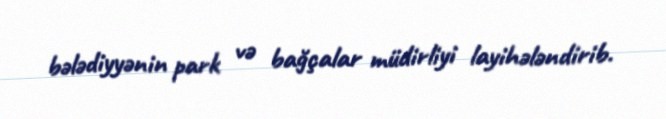
bələdiyyənin park və bağçalar müdirliyi layihələndirib.